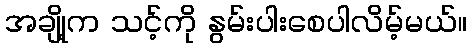
အချို့က သင့်ကို နွမ်းပါးစေပါလိမ့်မယ်။